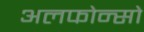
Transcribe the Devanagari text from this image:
अलफोन्सो